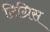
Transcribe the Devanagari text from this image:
टिग्रिस